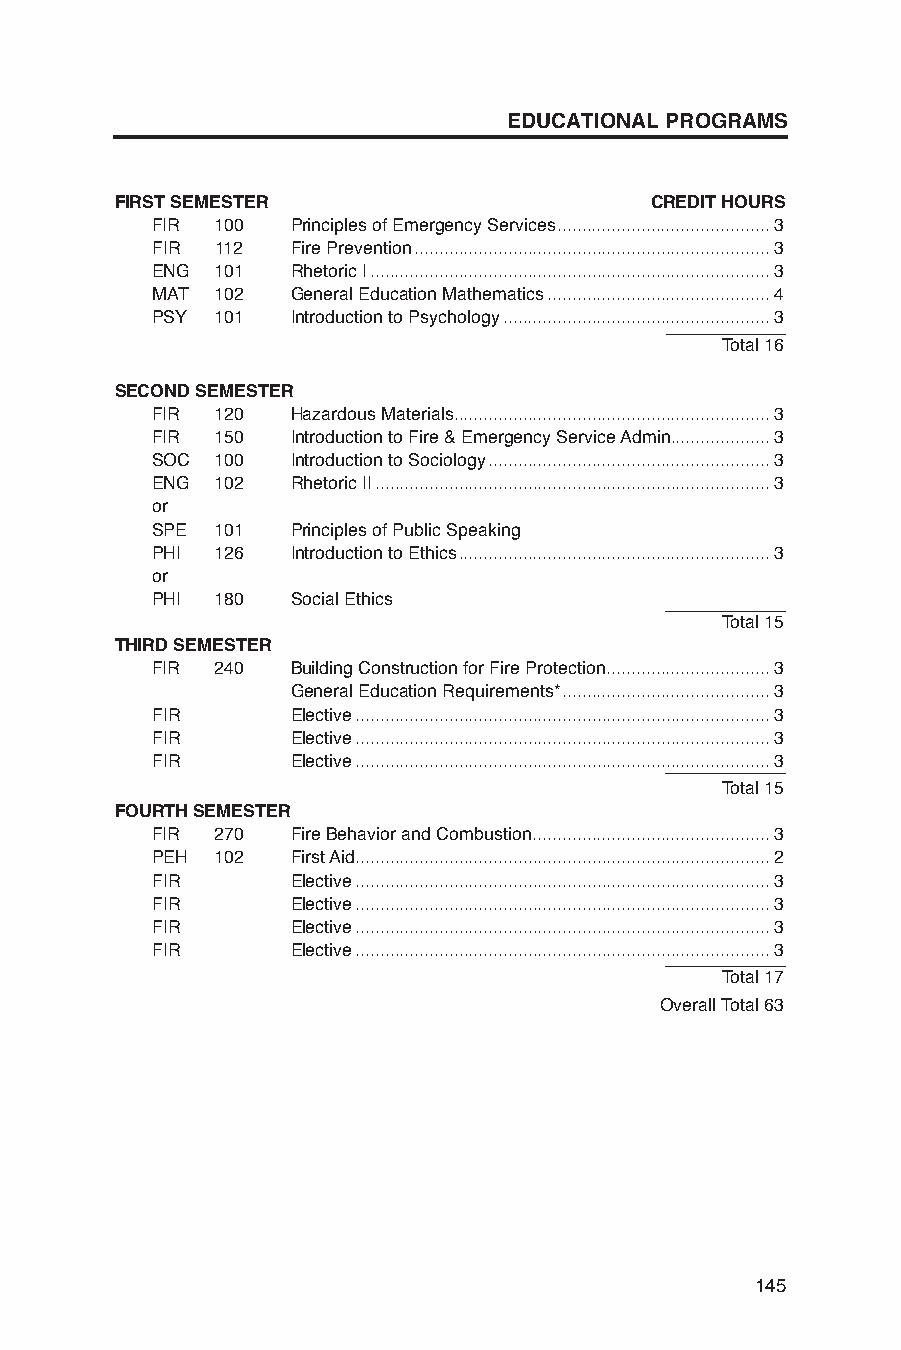
EDUCATIONAL PROGRAMS
 FIRST SEMESTER                     CREDIT HOURS
 FIR 100  Principles of Emergency Services ...........................................3
 FIR 112  Fire Prevention ........................................................................3
 ENG 101  Rhetoric I .................................................................................3
 MAT 102  General Education Mathematics .............................................4
 PSY 101  Introduction to Psychology ......................................................3
 Total 16
 SECOND SEMESTER
 FIR 120  Hazardous Materials ................................................................3
 FIR 150  Introduction to Fire & Emergency Service Admin. ...................3
 SOC 100  Introduction to Sociology .........................................................3
 ENG 102  Rhetoric II ................................................................................3
 or
 SPE 101  Principles of Public Speaking
 PHI 126  Introduction to Ethics ...............................................................3
 or
 PHI 180  Social Ethics
 Total 15
 THIRD SEMESTER
 FIR 240  Building Construction for Fire Protection .................................3
 General Education Requirements* ..........................................3
 FIR      Elective ....................................................................................3
 FIR      Elective ....................................................................................3
 FIR      Elective ....................................................................................3
 Total 15
 FOURTH SEMESTER
 FIR 270  Fire Behavior and Combustion ................................................3
 PEH 102  First Aid ....................................................................................2
 FIR      Elective ....................................................................................3
 FIR      Elective ....................................................................................3
 FIR      Elective ....................................................................................3
 FIR      Elective ....................................................................................3
 Total 17
 Overall Total 63
 145